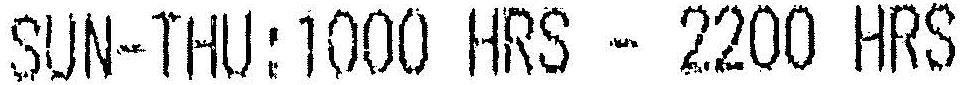
SUN-THU:1000 HRS - 2200 HRS